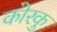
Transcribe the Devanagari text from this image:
कोरकु